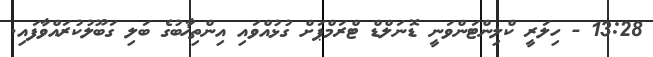
13:28 - ހިލަރީ ކްލިންޓަންވަނީ ޑޮނަލްޑް ޓްރަމްޕަށް ގުޅުއްވައި އިންތިޚާބުގެ ބަލި ގަބޫލުކުރައްވާފައި.